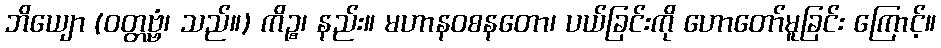
ဘိယျော (ဝတ္တဗ္ဗံ၊ သည်။) ကိဉ္စ၊ နည်း။ မဟာနဝစနတော၊ ပယ်ခြင်းကို ဟောတော်မူခြင်း ကြောင့်။